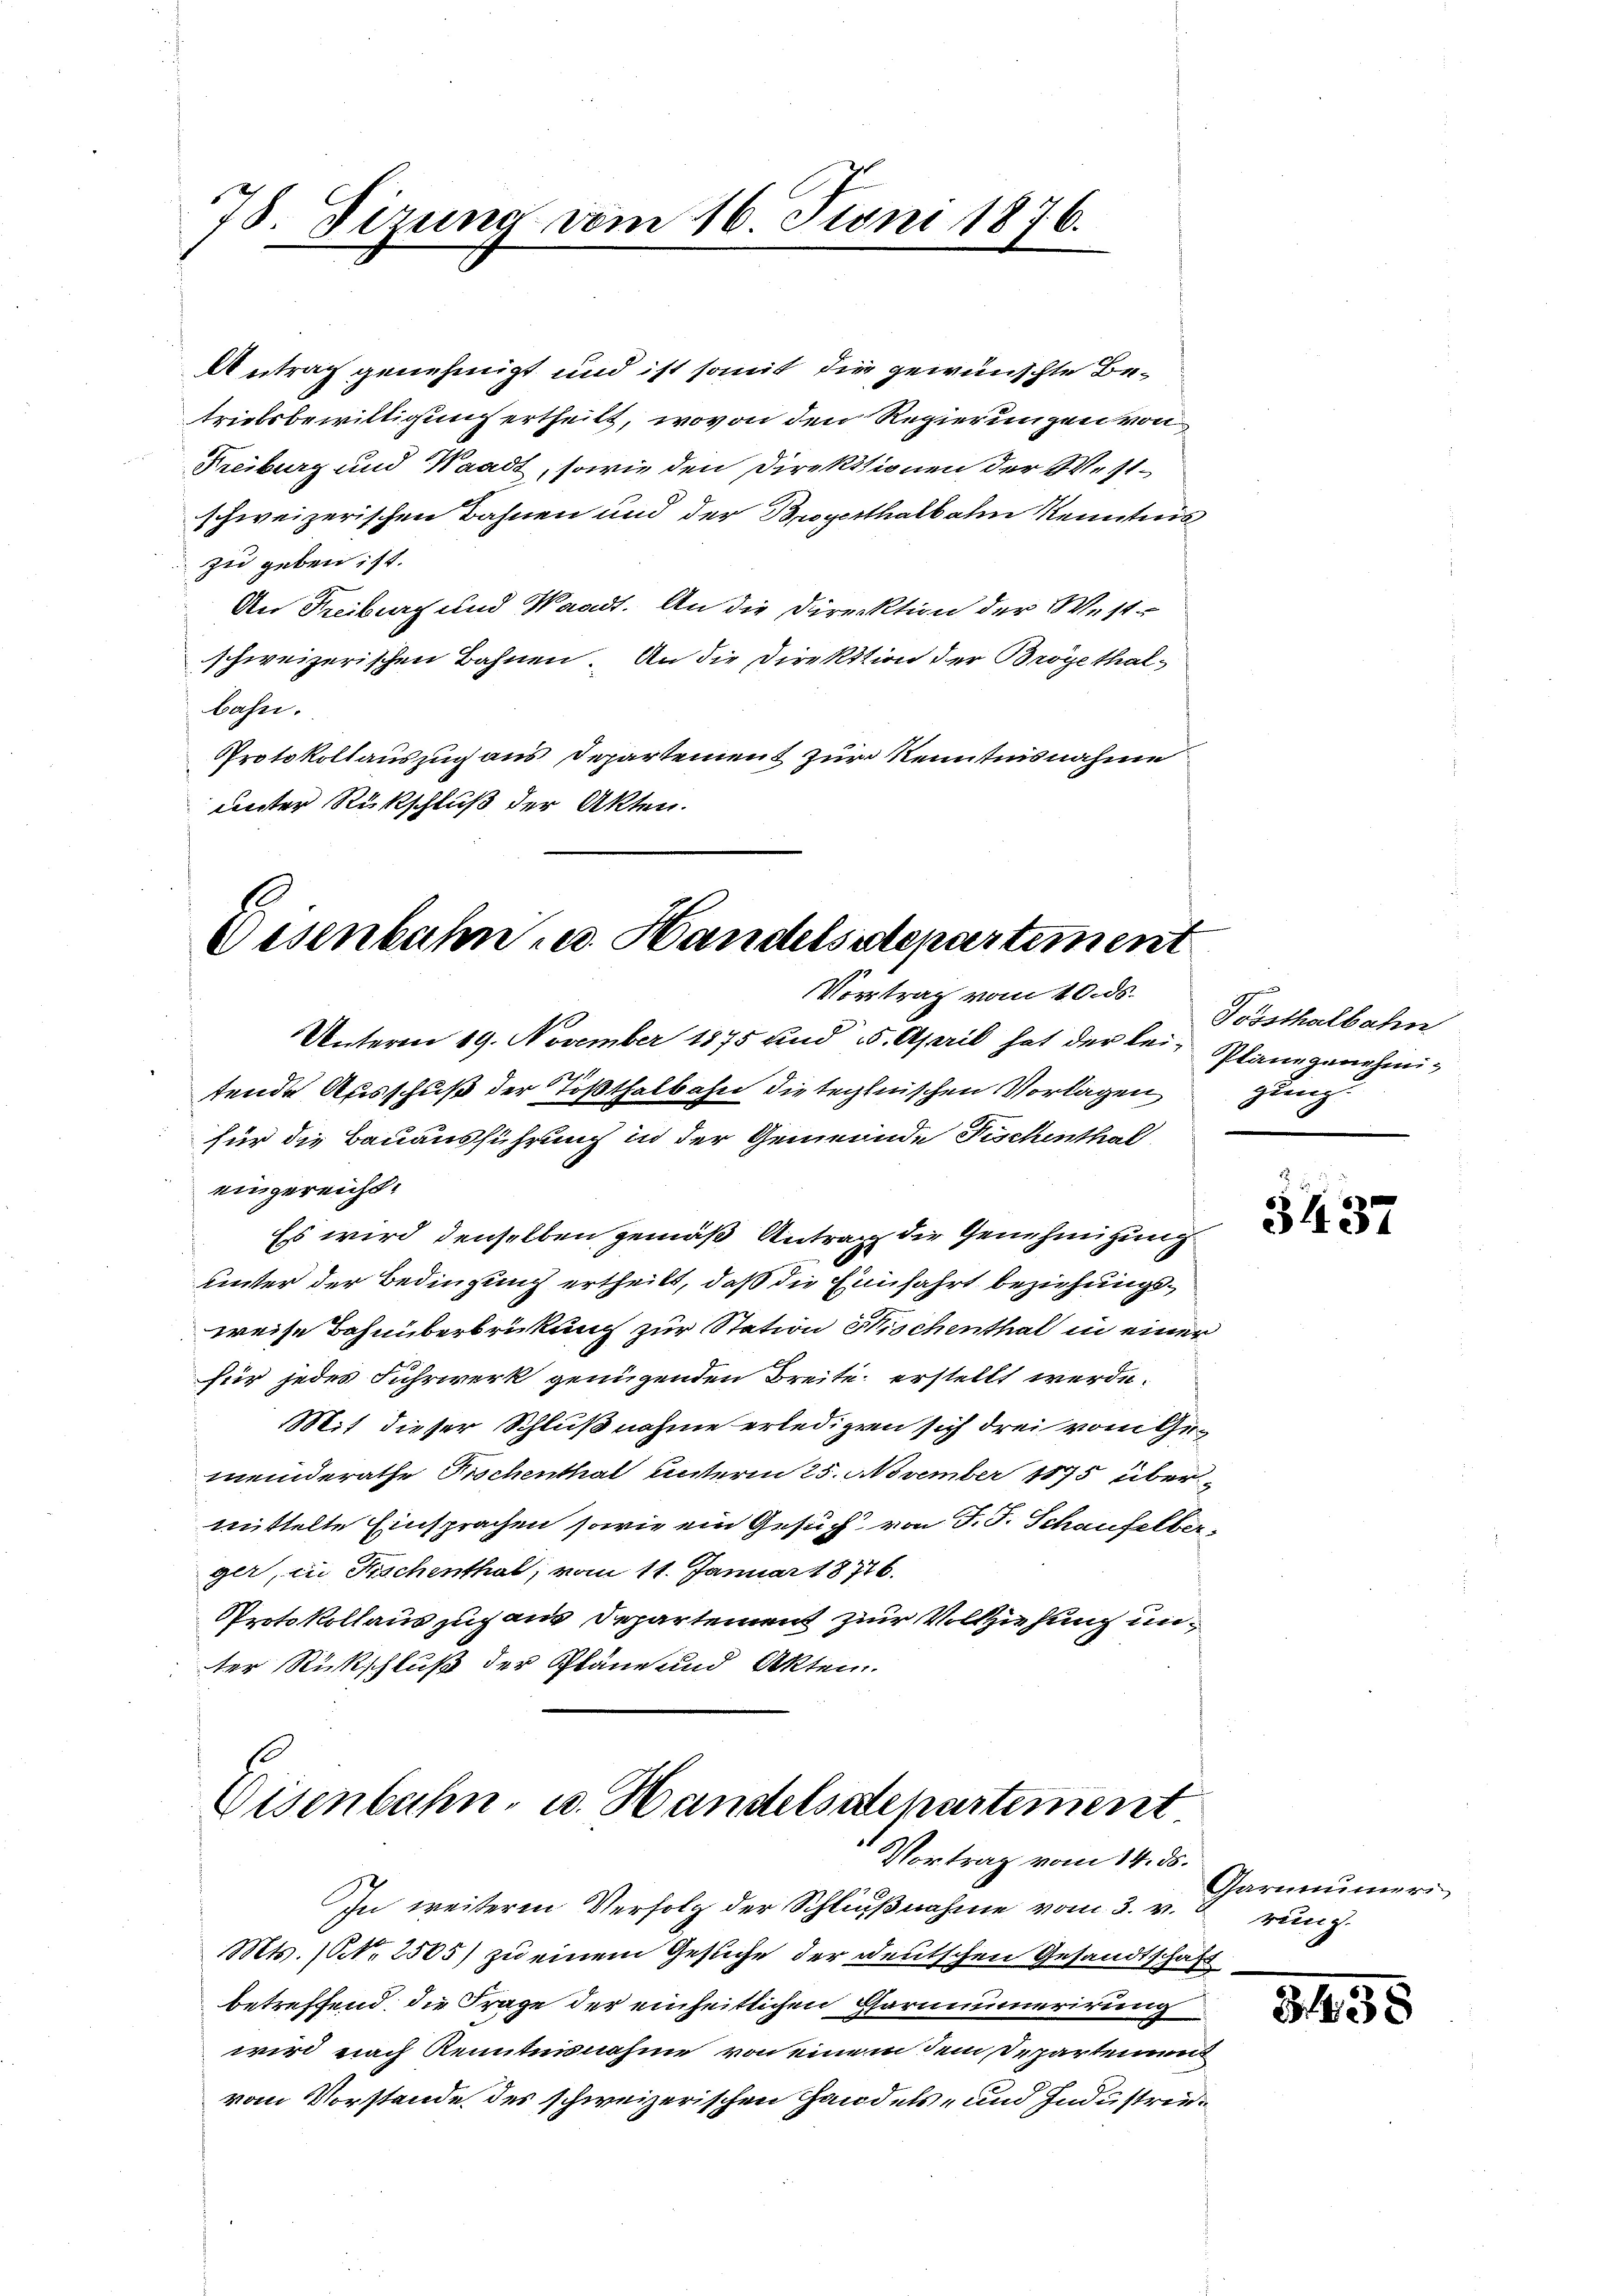
78. Sizung vom 16. Jtoni 1876.

Antrag genehmigt und ist somit die gewünschte Betriebsbewilligung ertheilt, wovon den Regierungen von
Freiburg und Waadt, sowie den Direktionen der Westschweizerischen Bahnen und der Brogerthalbahn Kenntnis
zu geben ist.
An Freiburg und Waadt. An die Direktion der West-
schweizerischen Bahnen. An die Direktion der Brogethalbahn.
Protokollauszug aus Departement zur Kenntnisnahme
unter Rückschluß der Akten.

Disenbahn u. Handelsstepartement
Vortrag vom 10. ds.

Unterm 19. November 1875 und 5. April hat der lei- Plane genehmig
tende Ausschuß der Tößthalbahn die teglnischen Vorlagen
für die Bauausführung in der Gemeinde Fischenthal
eingereicht.
Es wird denselben gemäß Antrag die Genehmigung
uinter der Bedingung ertheilt, daß die Einfahrt beziehungsweise Bahnüberbrückung zur Station Fischenthal in einer
für jedes Fuhrwerk genügenden Breite erstellt werde.
Mit dieser Schlußnahme erledigen sich drei vom Gemeinderathe Fischenthal unterm 25. November 1875 übermittelte Einsprachen sowie ein Gesuch von J. J. Schaufelberger, in Fischenthal, vom 11. Januar 18776.
Protokollauszug aus Departement zur Vollziehung unter Rückschluß der Pläne und Akten.

Eisenbahn, u. Handelsdepartement
Vortrag vom 14. ds.

In weitere Verfolg der Schlußnahme vom 3. v.
Mts. (N. 2505) zu einem Gesuche der Deutschen Gesandtschaft
betreffend die Frage der einheitlichen Garnumerirung
wird nach Kenntnisnahme von einem dem Departement
vom Vorstande des schweizerischen Handels- und Industrie¬

Toysthalbahn
gung.

3437

Garummeri
rung.

3458